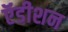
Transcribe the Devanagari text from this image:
ऍडीशन